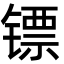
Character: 镖